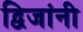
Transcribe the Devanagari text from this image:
द्विजांनी